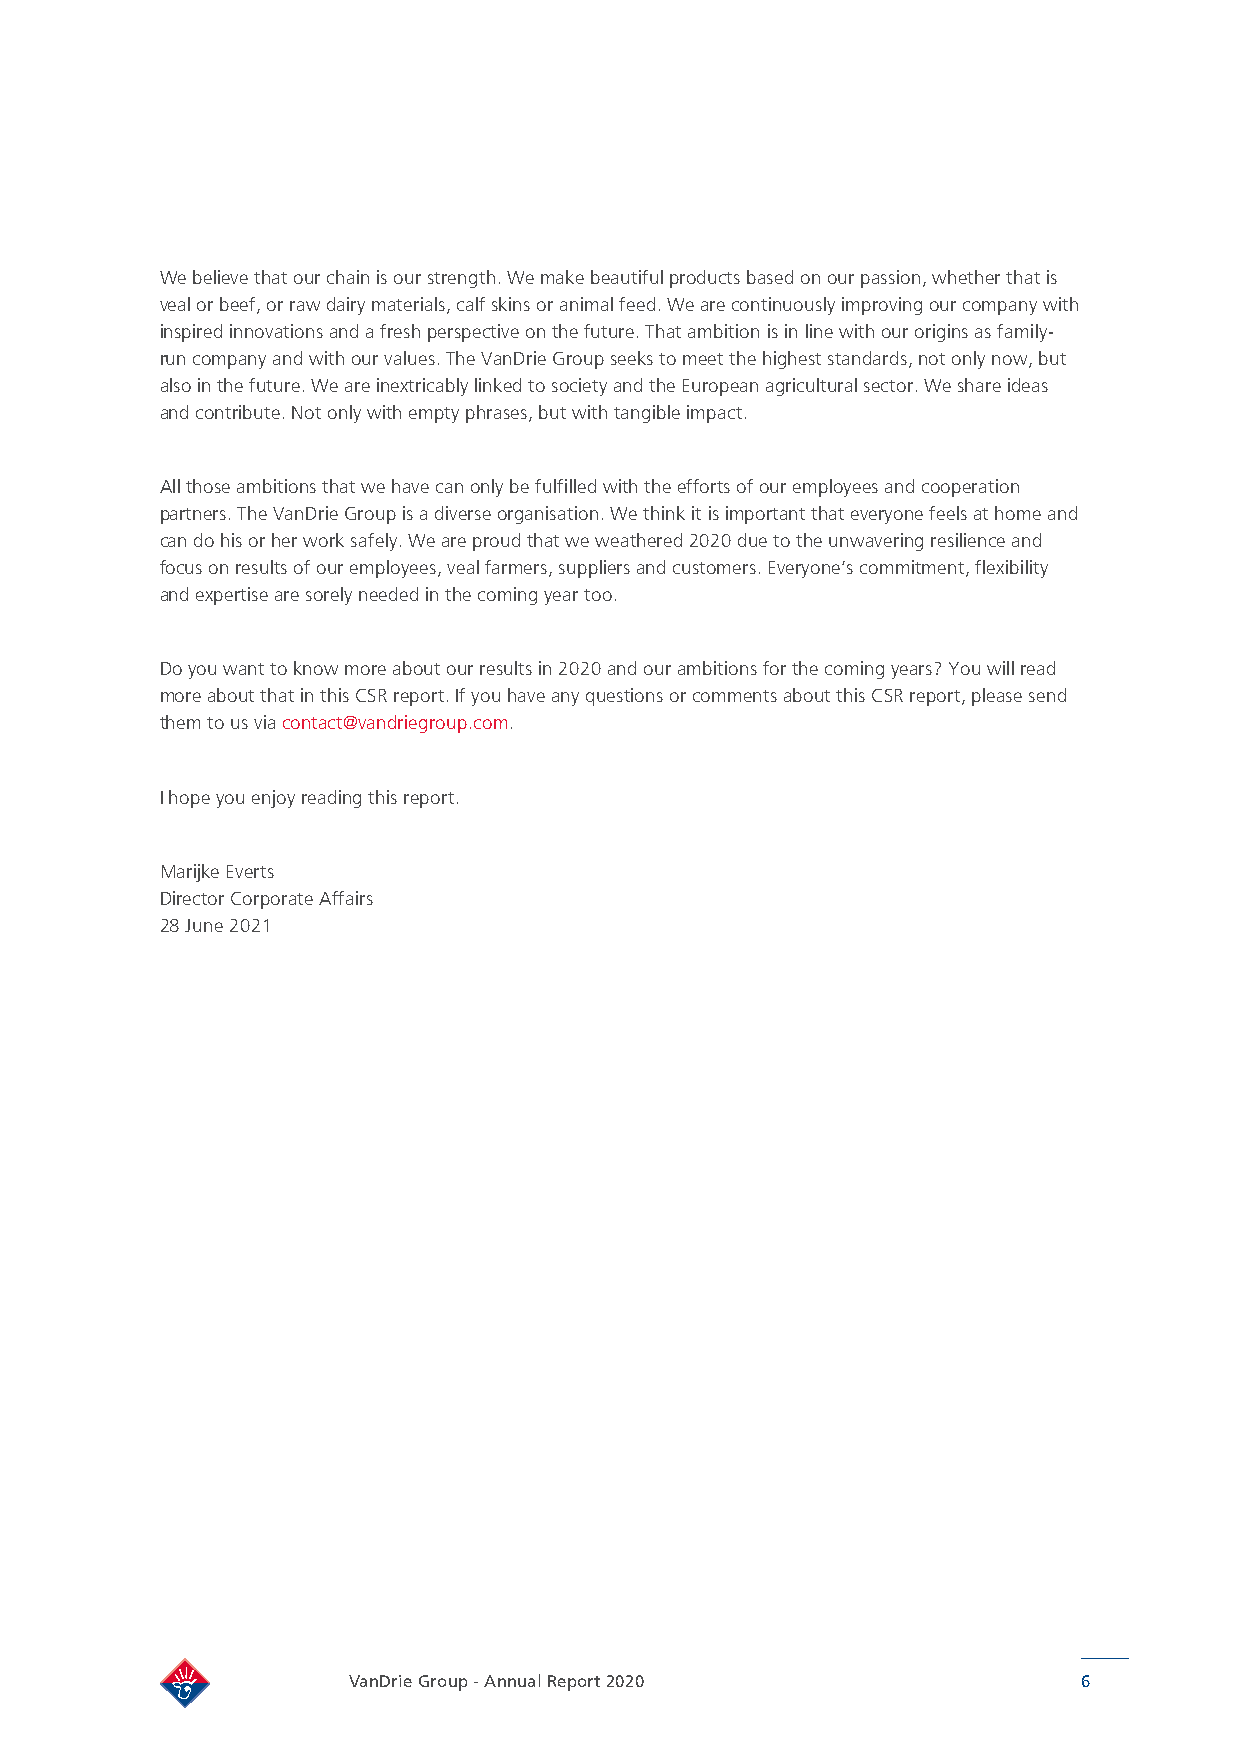
We believe that our chain is our strength. We make beautiful products based on our passion, whether that is
 veal or beef, or raw dairy materials, calf skins or animal feed. We are continuously improving our company with
 inspired innovations and a fresh perspective on the future. That ambition is in line with our origins as family-
 run company and with our values. The VanDrie Group seeks to meet the highest standards, not only now, but
 also in the future. We are inextricably linked to society and the European agricultural sector. We share ideas
 and contribute. Not only with empty phrases, but with tangible impact.
 All those ambitions that we have can only be fulfilled with the efforts of our employees and cooperation
 partners. The VanDrie Group is a diverse organisation. We think it is important that everyone feels at home and
 can do his or her work safely. We are proud that we weathered 2020 due to the unwavering resilience and
 focus on results of our employees, veal farmers, suppliers and customers. Everyone’s commitment, flexibility
 and expertise are sorely needed in the coming year too.
 Do you want to know more about our results in 2020 and our ambitions for the coming years? You will read
 more about that in this CSR report. If you have any questions or comments about this CSR report, please send
 them to us via contact@vandriegroup.com.
 I hope you enjoy reading this report.
 Marijke Everts
 Director Corporate Affairs
 28 June 2021
 VanDrie Group - Annual Report 2020               6